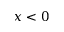
x < 0